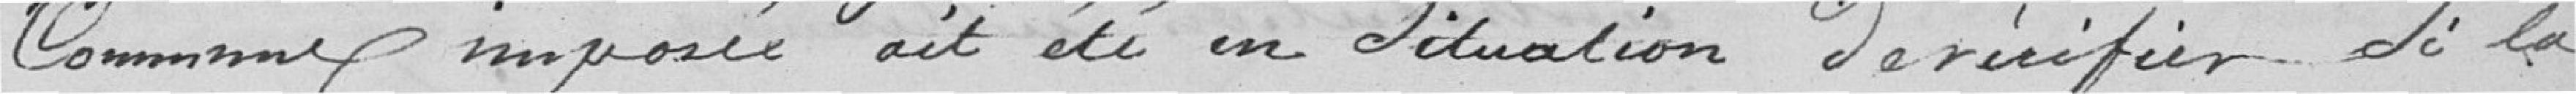
Comme imposée ait été en Situation de vérifier de la